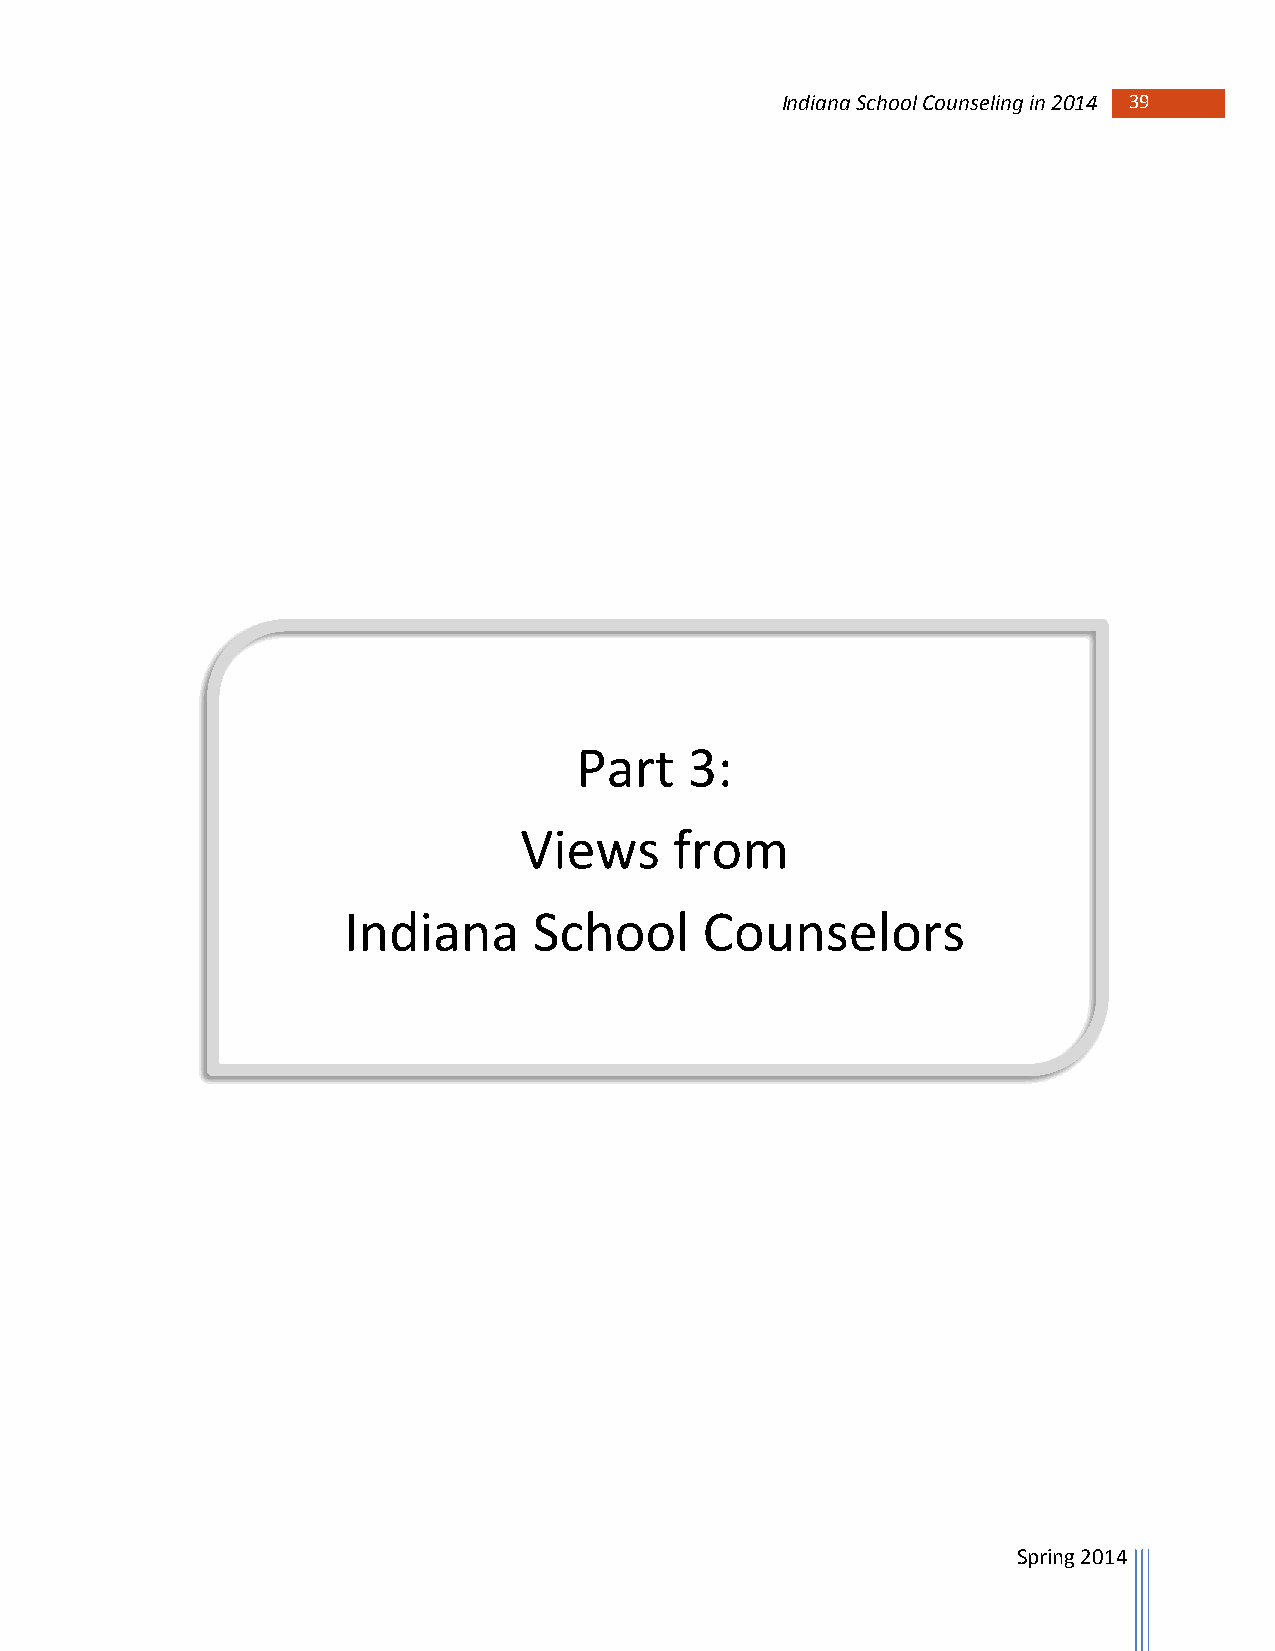
Indiana School Counseling in 2014 39
 Part    3:
 Views      from
 Indiana     School      Counselors
 Spring 2014